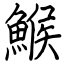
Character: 鯸